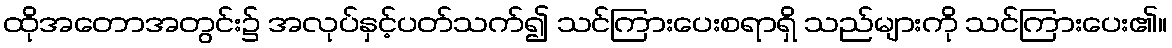
ထိုအတောအတွင်း၌ အလုပ်နှင့်ပတ်သက်၍ သင်ကြားပေးစရာရှိ သည်များကို သင်ကြားပေး၏။